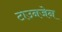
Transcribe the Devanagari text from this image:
टाउनजेन